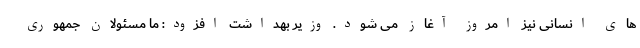
های انسانی نیز امروز آغاز می شود. وزیر بهداشت افزود: ما مسئولان جمهوری